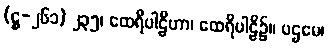
(ဋ္ဌ-၂၆၁) ၂၃၅၊ ထေရီပါဠိဟာ၊ ထေရီပါဠိ၌။ ပဌမေ၊